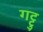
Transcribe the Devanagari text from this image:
गट्टु